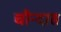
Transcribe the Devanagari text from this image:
चौन्दास